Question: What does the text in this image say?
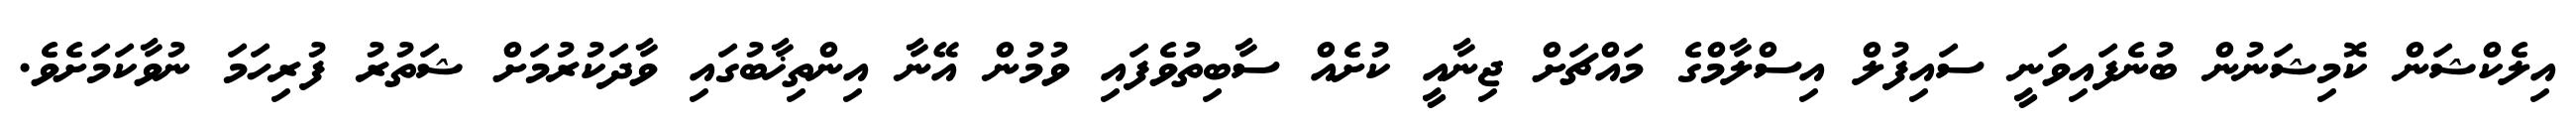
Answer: އިލެކްޝަން ކޮމިޝަނުން ބުނެފައިވަނީ ސައިފުލް އިސްލާމްގެ މައްޗަށް ޖިނާއީ ކުށެއް ސާބިތުވެފައި ވުމުން އޭނާ އިންތިޚާބުގައި ވާދަކުރުމަށް ޝަތުރު ފުރިހަމަ ނުވާކަމަށެވެ.